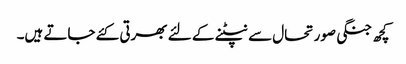
کچھ جنگی صورتحال سے نپٹنے کے لئے بھرتی کئے جاتے ہیں۔